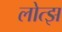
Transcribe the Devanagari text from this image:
लोत्झ